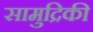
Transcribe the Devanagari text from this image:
सामुद्रिकी